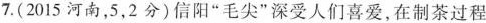
7.(2015河南，5，2分)信阳”毛尖”深受人们喜爱，在制茶过程